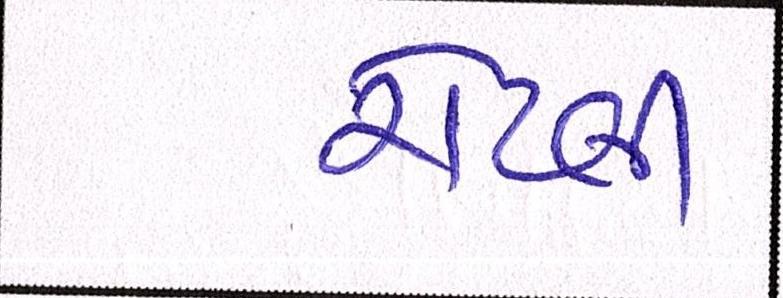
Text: રોટલી